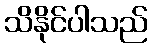
သိနိုင်ပါသည်